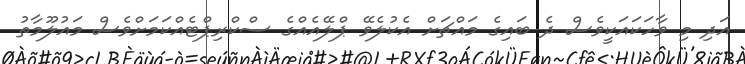
އަދި މި ވާހަކައަކީވެސް ދެ ބައިގެ މައްޗަށް އެކުލެވޭ ޕްލޭއެއްގެ ސްކްރިޕްޓެއްކަމަށްވެސް މައުލޫމާތު